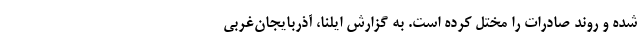
شده و روند صادرات را مختل کرده است. به گزارش ایلنا، آذربایجان‌غربی